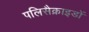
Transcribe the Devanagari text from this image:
पलिसैक्राइडों